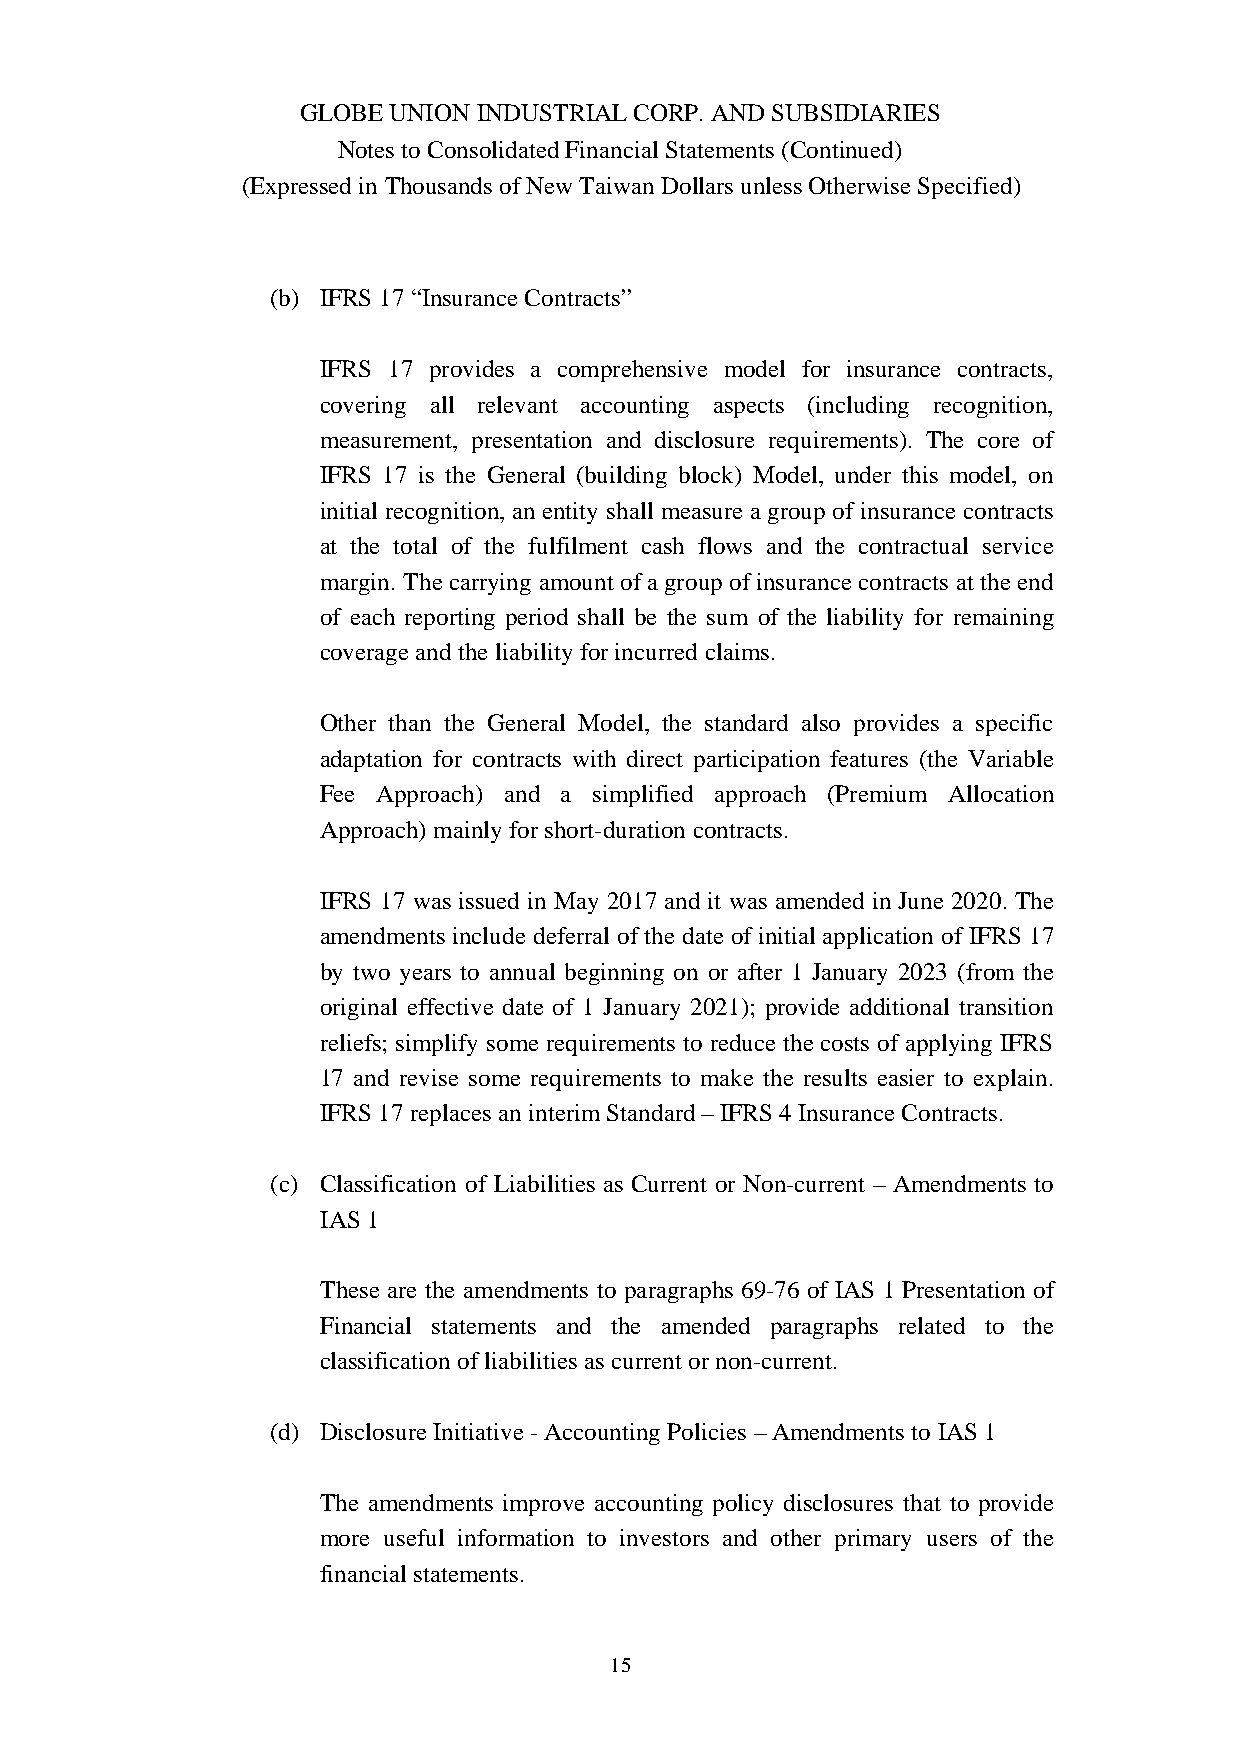
GLOBE UNION INDUSTRIAL CORP. AND SUBSIDIARIES
 Notes to Consolidated Financial Statements (Continued)
 (Expressed in Thousands of New Taiwan Dollars unless Otherwise Specified)
 (b) IFRS 17 “Insurance Contracts”
 IFRS 17 provides a comprehensive model for insurance contracts,
 covering all relevant accounting aspects (including recognition,
 measurement, presentation and disclosure requirements). The core of
 IFRS 17 is the General (building block) Model, under this model, on
 initial recognition, an entity shall measure a group of insurance contracts
 at the total of the fulfilment cash flows and the contractual service
 margin. The carrying amount of a group of insurance contracts at the end
 of each reporting period shall be the sum of the liability for remaining
 coverage and the liability for incurred claims.
 Other than the General Model, the standard also provides a specific
 adaptation for contracts with direct participation features (the Variable
 Fee Approach) and a simplified approach (Premium Allocation
 Approach) mainly for short-duration contracts.
 IFRS 17 was issued in May 2017 and it was amended in June 2020. The
 amendments include deferral of the date of initial application of IFRS 17
 by two years to annual beginning on or after 1 January 2023 (from the
 original effective date of 1 January 2021); provide additional transition
 reliefs; simplify some requirements to reduce the costs of applying IFRS
 17 and revise some requirements to make the results easier to explain.
 IFRS 17 replaces an interim Standard – IFRS 4 Insurance Contracts.
 (c) Classification of Liabilities as Current or Non-current – Amendments to
 IAS 1
 These are the amendments to paragraphs 69-76 of IAS 1 Presentation of
 Financial statements and the amended paragraphs related to the
 classification of liabilities as current or non-current.
 (d) Disclosure Initiative - Accounting Policies – Amendments to IAS 1
 The amendments improve accounting policy disclosures that to provide
 more useful information to investors and other primary users of the
 financial statements.
 15